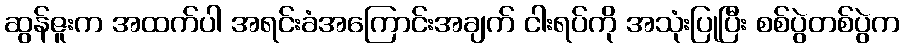
ဆွန်ဇူးက အထက်ပါ အရင်းခံအကြောင်းအချက် ငါးရပ်ကို အသုံးပြုပြီး စစ်ပွဲတစ်ပွဲက